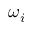
\omega _ { i }